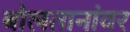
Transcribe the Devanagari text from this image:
बोलतानांवर